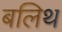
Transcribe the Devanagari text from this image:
बलिथ